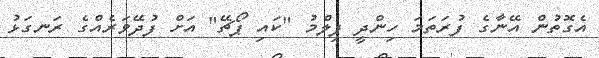
އެގޮތުން އޭނާގެ ފުރަތަމަ ހިންދީ ފިލްމު "ކައި ޕޯޗޭ" އަށް ފުދޭވަރެއްގެ ރަނގަޅު